Indian journal of veterinary science and animal husbandry - Volume 4,
Year: 1934
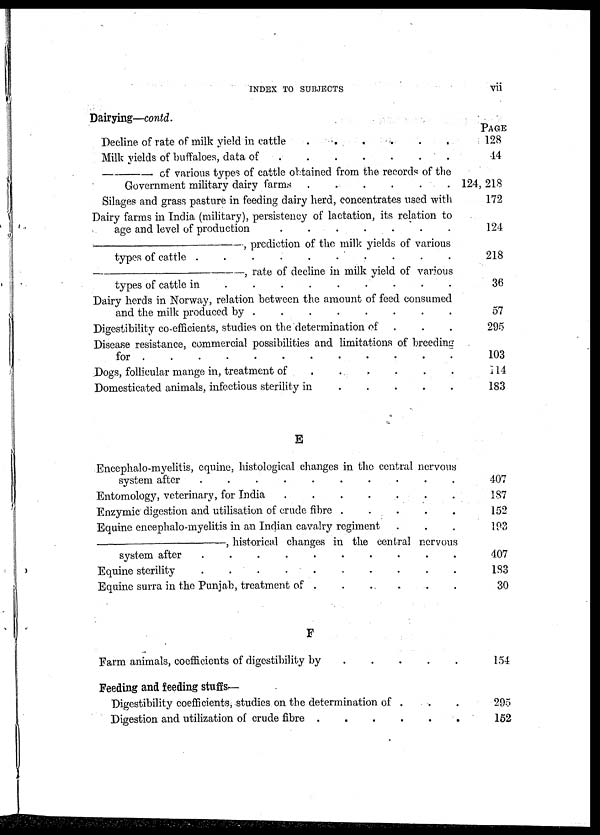
INDEX TO SUBJECTS
vii
Dairying—contd.
Decline of rate of milk yield in cattle
.
.
.
.
.
.
Milk yields of buffaloes, data of
.
.
.
.
.
.
—
of various types of cattle obtained from the records of the
Government military dairy farms . . . . . .
Silages and grass pasture in feeding dairy herd, concentrates used with
Dairy farms in India (military), persistency of lactation, its relation to
age and level of production
.
.
.
.
.
.
—,
prediction of the milk yields of various
types of cattle .
.
.
.
.
.
.
.
.
.
—,
rate of decline in milk yield of various
types of cattle in
.
.
.
.
.
.
.
.
Dairy herds in Norway, relation between the amount of feed consumed
and the milk produced by . . . . . .
Digestibility co-efficients, studies on the determination of . . .
Disease resistance, commercial possibilities and limitations of breeding
for .
.
.
.
.
.
.
.
.
.
.
Dogs, follicular mange in, treatment of . . . . . .
Domesticated animals, infectious sterility in
.
.
.
. .
E
Encephalo-myelitis, equine, histological changes in the central nervous
system after
.
.
.
.
.
.
.
.
.
.
Entomology, veterinary, for India
.
.
.
.
.
.
.
Enzymic digestion and utilisation of crude fibre .
.
.
.
.
Equine encephalo-myelitis in an Indian cavalry regiment . . .
—,
historical changes in the central nervous
system after
.
.
.
.
.
.
.
.
.
.
Equine sterility
.
.
.
.
.
.
.
.
.
.
Equine surra in the Punjab, treatment of . . . . . .
F
Farm animals, coefficients of digestibility by
.
.
.
. .
Feeding and feeding stuffs—
Digestibility coefficients, studies on the determination of . . .
Digestion and utilization of crude fibre .
.
.
.
.
PAGE
128
14
124, 218
172
124
218
36
57
295
103
114
183
407
187
152
193
407
183
30
154
295
152